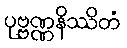
ပုဗ္ဗဏ္ဏနိဿိတံ